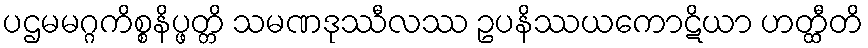
ပဌမမဂ္ဂကိစ္စနိပ္ဖတ္တိ သမဏဒုဿီလဿ ဥပနိဿယကောဋိယာ ဟတ္ထီတိ